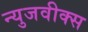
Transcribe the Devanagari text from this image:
न्युजवीक्स